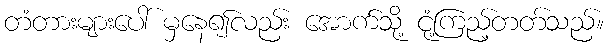
တံတားများပေါ် မှနေ၍လည်း အောက်သို့ ငုံ့ကြည့်တတ်သည်။